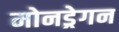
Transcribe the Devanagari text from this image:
मोनड्रेगन